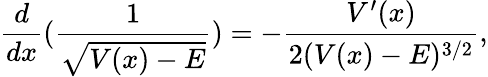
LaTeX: \frac{d}{dx}(\frac{1}{\sqrt{V(x)-E}})=-\frac{V^{\prime}(x)}{2(V(x)-E)^{3/2}},